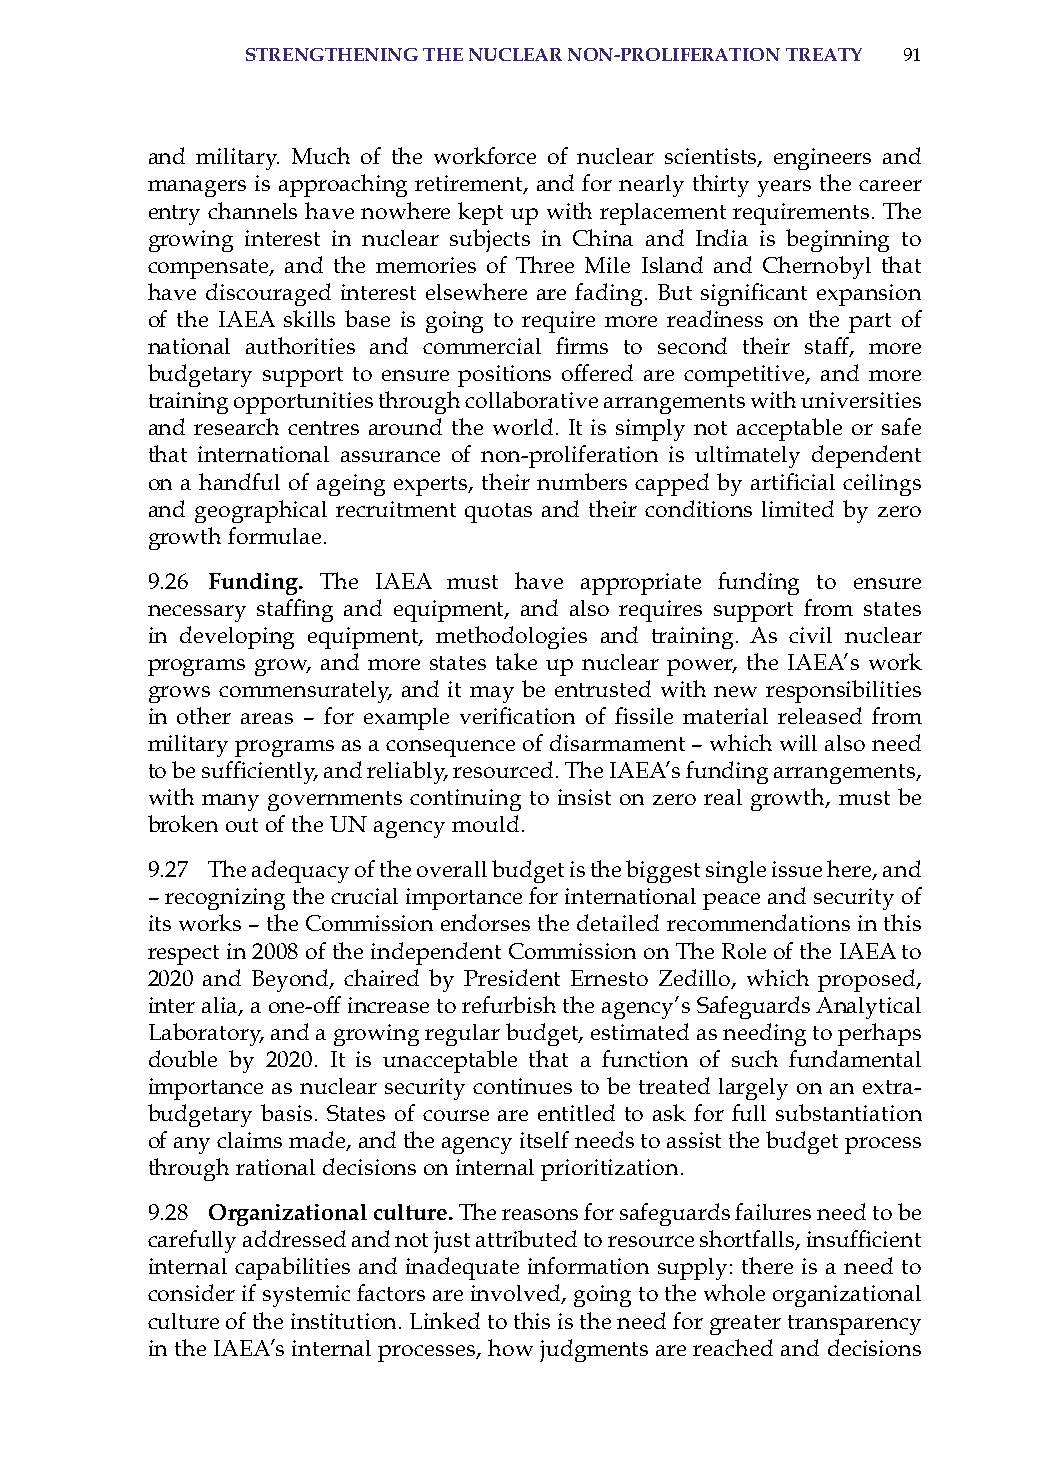
strenGtheninG the nuclear non-Proliferation treatY 91
 and military. Much of the workforce of nuclear scientists, engineers and
 managers is approaching retirement, and for nearly thirty years the career
 entry channels have nowhere kept up with replacement requirements. The
 growing interest in nuclear subjects in China and india is beginning to
 compensate, and the memories of Three Mile island and Chernobyl that
 have discouraged interest elsewhere are fading. But significant expansion
 of the iaEa skills base is going to require more readiness on the part of
 national authorities and commercial firms to second their staff, more
 budgetary support to ensure positions offered are competitive, and more
 training opportunities through collaborative arrangements with universities
 and research centres around the world. it is simply not acceptable or safe
 that international assurance of non-proliferation is ultimately dependent
 on a handful of ageing experts, their numbers capped by artificial ceilings
 and geographical recruitment quotas and their conditions limited by zero
 growth formulae.
 9.26 funding. The iaEa must have appropriate funding to ensure
 necessary staffing and equipment, and also requires support from states
 in developing equipment, methodologies and training. as civil nuclear
 programs grow, and more states take up nuclear power, the iaEa’s work
 grows commensurately, and it may be entrusted with new responsibilities
 in other areas – for example verification of fissile material released from
 military programs as a consequence of disarmament – which will also need
 to be sufficiently, and reliably, resourced. The IAEA’s funding arrangements,
 with many governments continuing to insist on zero real growth, must be
 broken out of the UN agency mould.
 9.27 The adequacy of the overall budget is the biggest single issue here, and
 – recognizing the crucial importance for international peace and security of
 its works – the Commission endorses the detailed recommendations in this
 respect in 2008 of the independent Commission on The role of the iaEa to
 2020 and Beyond, chaired by President Ernesto Zedillo, which proposed,
 inter alia, a one-off increase to refurbish the agency’s safeguards analytical
 Laboratory, and a growing regular budget, estimated as needing to perhaps
 double by 2020. it is unacceptable that a function of such fundamental
 importance as nuclear security continues to be treated largely on an extra-
 budgetary basis. states of course are entitled to ask for full substantiation
 of any claims made, and the agency itself needs to assist the budget process
 through rational decisions on internal prioritization.
 9.28 organizational culture. The reasons for safeguards failures need to be
 carefully addressed and not just attributed to resource shortfalls, insufficient
 internal capabilities and inadequate information supply: there is a need to
 consider if systemic factors are involved, going to the whole organizational
 culture of the institution. Linked to this is the need for greater transparency
 in the iaEa’s internal processes, how judgments are reached and decisions